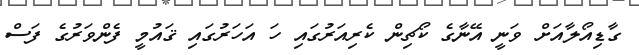
ގާޑިއޯލާއަށް ވަނީ އޭނާގެ ކޯޗިން ކެރިއަރުގައި ހަ އަހަރުގައި ޤައުމީ ފެންވަރުގެ ފަސް